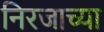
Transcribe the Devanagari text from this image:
निरजाच्या